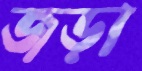
জড়া